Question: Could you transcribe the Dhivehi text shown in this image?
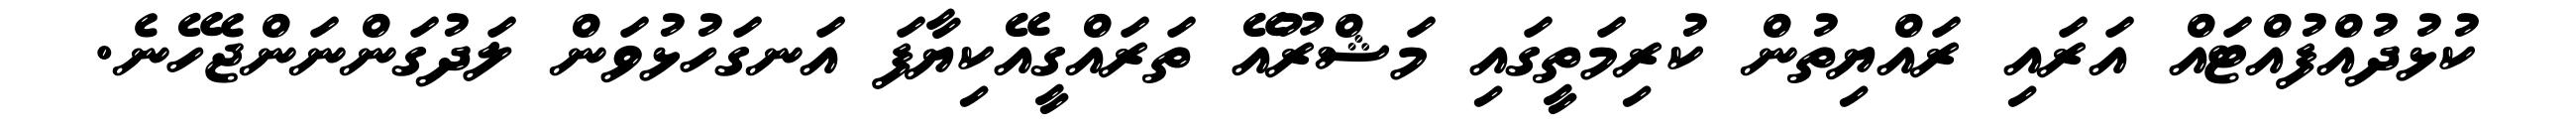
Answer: ކުޅުދުއްފުއްޓައް އަރައި ރައްޔިތުން ކުރިމަތީގައި މަޝްރޫއޭ ތަރައްގީއޭކިޔާފަ އަނގަހުޅުވަން ލަދުގަންނަންޖެހޭނެ.